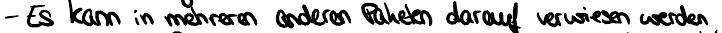
- Es kann in mehreren anderen Paketen darauf verwiesen werden